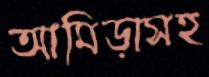
আমিড়াসহ